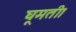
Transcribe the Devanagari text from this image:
घूमती।